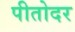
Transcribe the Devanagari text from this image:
पीतोदर